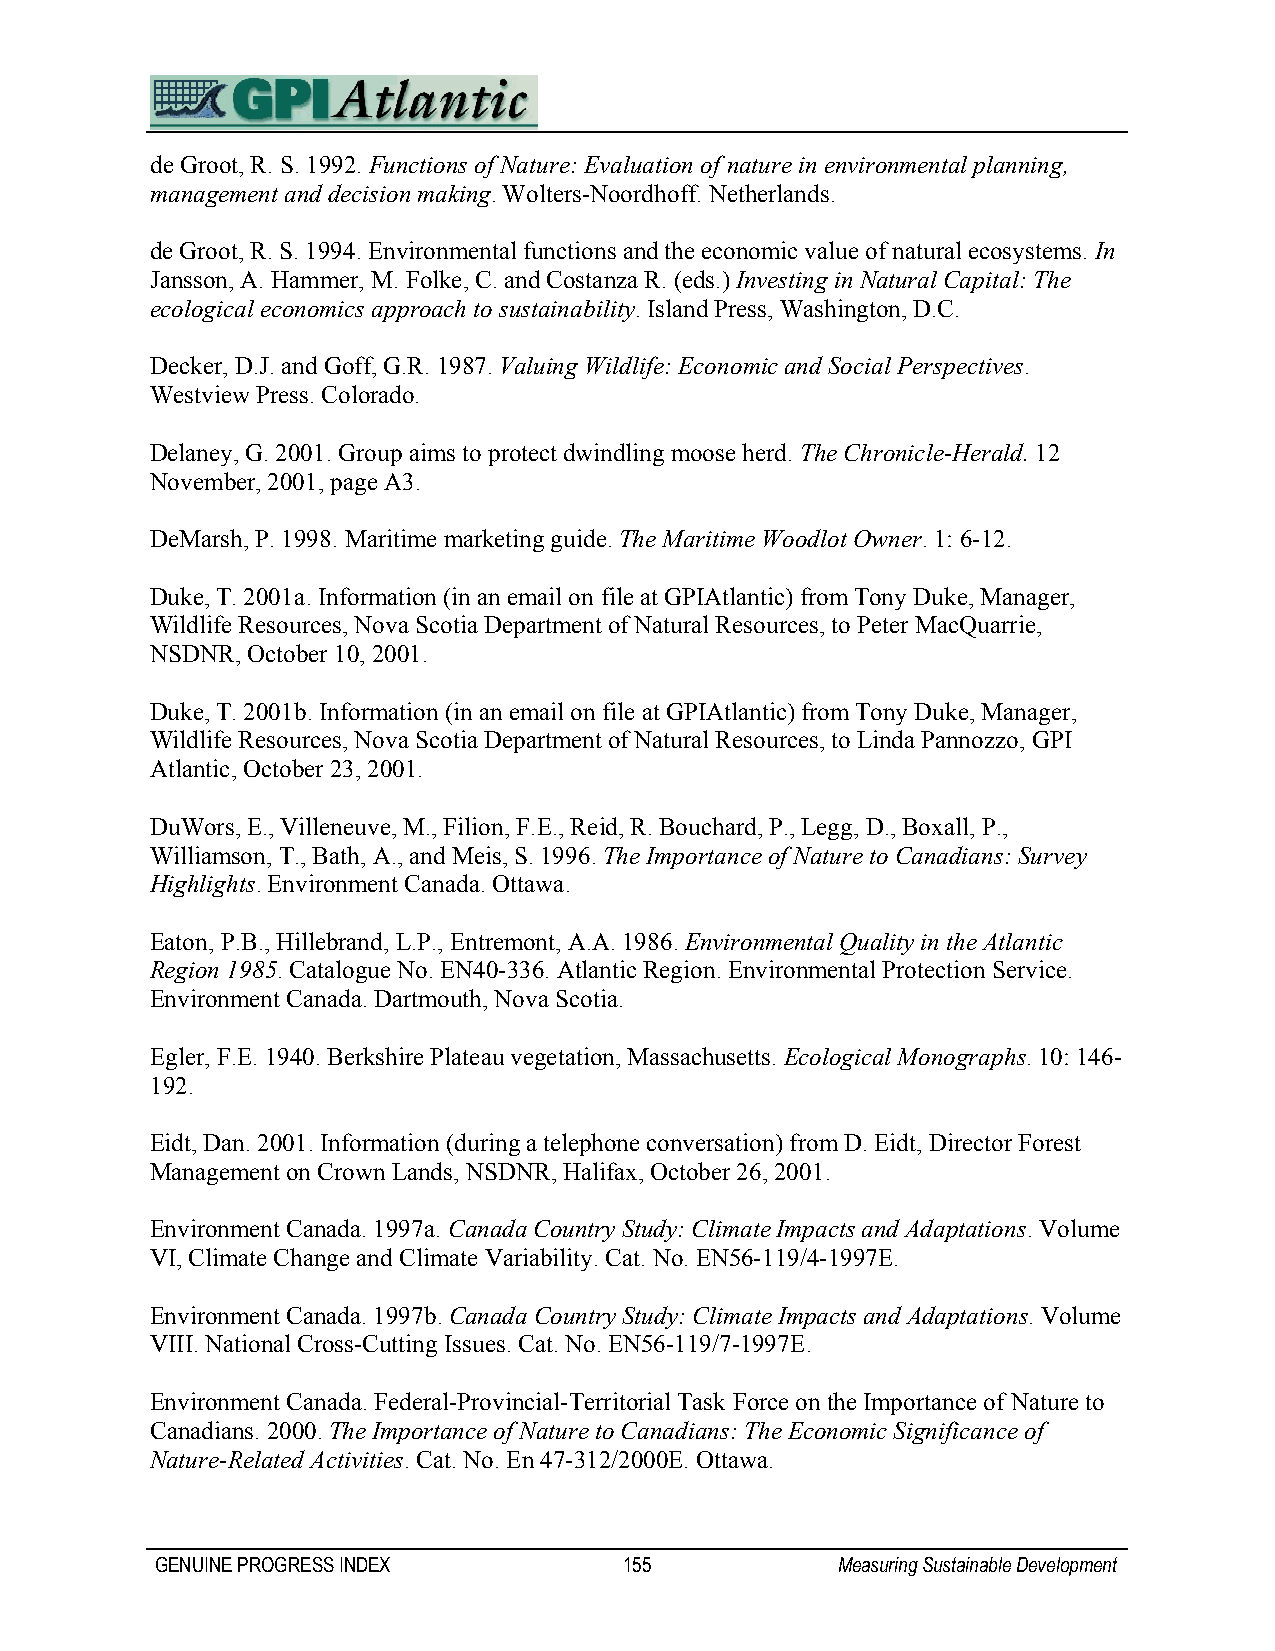
de Groot, R. S. 1992. Functions of Nature: Evaluation of nature in environmental planning,
 management and decision making. Wolters-Noordhoff. Netherlands.
 de Groot, R. S. 1994. Environmental functions and the economic value of natural ecosystems. In
 Jansson, A. Hammer, M. Folke, C. and Costanza R. (eds.) Investing in Natural Capital: The
 ecological economics approach to sustainability. Island Press, Washington, D.C.
 Decker, D.J. and Goff, G.R. 1987. Valuing Wildlife: Economic and Social Perspectives.
 Westview Press. Colorado.
 Delaney, G. 2001. Group aims to protect dwindling moose herd. The Chronicle-Herald. 12
 November, 2001, page A3.
 DeMarsh, P. 1998. Maritime marketing guide. The Maritime Woodlot Owner. 1: 6-12.
 Duke, T. 2001a. Information (in an email on file at GPIAtlantic) from Tony Duke, Manager,
 Wildlife Resources, Nova Scotia Department of Natural Resources, to Peter MacQuarrie,
 NSDNR, October 10, 2001.
 Duke, T. 2001b. Information (in an email on file at GPIAtlantic) from Tony Duke, Manager,
 Wildlife Resources, Nova Scotia Department of Natural Resources, to Linda Pannozzo, GPI
 Atlantic, October 23, 2001.
 DuWors, E., Villeneuve, M., Filion, F.E., Reid, R. Bouchard, P., Legg, D., Boxall, P.,
 Williamson, T., Bath, A., and Meis, S. 1996. The Importance of Nature to Canadians: Survey
 Highlights. Environment Canada. Ottawa.
 Eaton, P.B., Hillebrand, L.P., Entremont, A.A. 1986. Environmental Quality in the Atlantic
 Region 1985. Catalogue No. EN40-336. Atlantic Region. Environmental Protection Service.
 Environment Canada. Dartmouth, Nova Scotia.
 Egler, F.E. 1940. Berkshire Plateau vegetation, Massachusetts. Ecological Monographs. 10: 146-
 192.
 Eidt, Dan. 2001. Information (during a telephone conversation) from D. Eidt, Director Forest
 Management on Crown Lands, NSDNR, Halifax, October 26, 2001.
 Environment Canada. 1997a. Canada Country Study: Climate Impacts and Adaptations. Volume
 VI, Climate Change and Climate Variability. Cat. No. EN56-119/4-1997E.
 Environment Canada. 1997b. Canada Country Study: Climate Impacts and Adaptations. Volume
 VIII. National Cross-Cutting Issues. Cat. No. EN56-119/7-1997E.
 Environment Canada. Federal-Provincial-Territorial Task Force on the Importance of Nature to
 Canadians. 2000. The Importance of Nature to Canadians: The Economic Significance of
 Nature-Related Activities. Cat. No. En 47-312/2000E. Ottawa.
 GENUINE PROGRESS INDEX         155           Measuring Sustainable Development